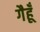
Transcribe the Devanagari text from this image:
गैहूँ